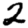
Digit: 2